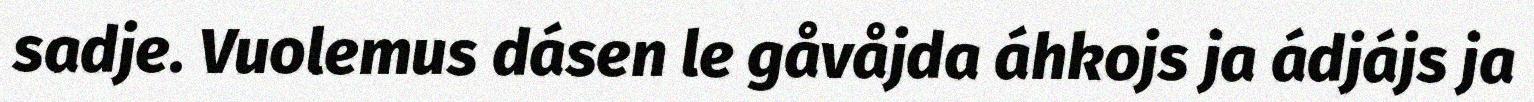
sadje. Vuolemus dásen le gåvåjda áhkojs ja ádjájs ja